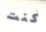
كنت